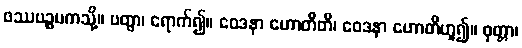
ဖဿပဉ္စမကသို့။ ပတွာ၊ ရောက်၍။ ဝေဒနာ ဟောတီတိ၊ ဝေဒနာ ဟောတိဟူ၍။ ဝုတ္တာ၊